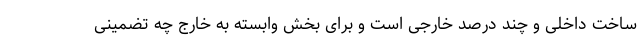
ساخت داخلی و چند درصد خارجی است و برای بخش وابسته به خارج چه تضمینی